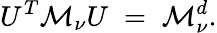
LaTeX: U^{T}{\cal M}_{\nu}U\; =\; {\cal M}_{\nu}^{d}.